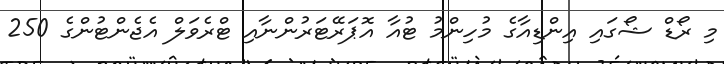
މި ރޯޑް ޝޯގައި އިންޑިއާގެ މުހިންމު ޓުއާ އޮޕަރޭޓަރުންނާއި ޓްރެވަލް އެޖެންޓުންގެ 250